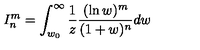
I _ { n } ^ { m } = \int _ { w _ { 0 } } ^ { \infty } \frac { 1 } { z } \frac { ( \ln w ) ^ { m } } { ( 1 + w ) ^ { n } } d w